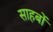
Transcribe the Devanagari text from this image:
साहबों